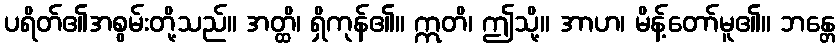
ပရိတ်၏အစွမ်းတို့သည်။ အတ္ထိ၊ ရှိကုန်၏။ ဣတိ၊ ဤသို့။ အာဟ၊ မိန့်တော်မူ၏။ ဘန္တေ